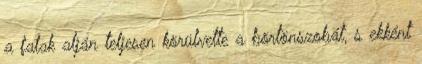
a falak alján teljesen körülvette a börtönszobát, s ekként